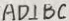
A D \bot B C